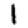
Digit: 1